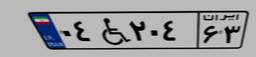
۰۴W۲۰۴۶۳